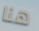
هنا